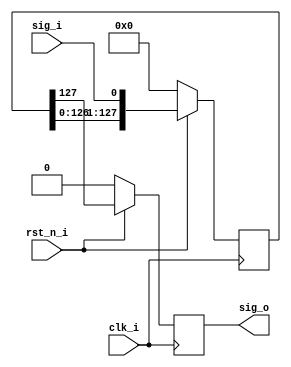
// -----------------------------------------------------------------------------
//
// Copyright 2014(c) Analog Devices, Inc.
//
// All rights reserved.
//
// Redistribution and use in source and binary forms, with or without modification,
// are permitted provided that the following conditions are met:
//  - Redistributions of source code must retain the above copyright
//    notice, this list of conditions and the following disclaimer.
//  - Redistributions in binary form must reproduce the above copyright
//    notice, this list of conditions and the following disclaimer in
//    the documentation and/or other materials provided with the
//    distribution.
//  - Neither the name of Analog Devices, Inc. nor the names of its
//    contributors may be used to endorse or promote products derived
//    from this software without specific prior written permission.
//  - The use of this software may or may not infringe the patent rights
//    of one or more patent holders.  This license does not release you
//    from the requirement that you obtain separate licenses from these
//    patent holders to use this software.
//  - Use of the software either in source or binary form, must be run
//    on or directly connected to an Analog Devices Inc. component.
//
// THIS SOFTWARE IS PROVIDED BY ANALOG DEVICES "AS IS" AND ANY EXPRESS OR IMPLIED
// WARRANTIES, INCLUDING, BUT NOT LIMITED TO, NON-INFRINGEMENT, MERCHANTABILITY
// AND FITNESS FOR A PARTICULAR PURPOSE ARE DISCLAIMED.
// IN NO EVENT SHALL ANALOG DEVICES BE LIABLE FOR ANY DIRECT, INDIRECT, INCIDENTAL,
// SPECIAL, EXEMPLARY, OR CONSEQUENTIAL DAMAGES (INCLUDING, BUT NOT LIMITED TO,
// INTELLECTUAL PROPERTY RIGHTS, PROCUREMENT OF SUBSTITUTE GOODS OR SERVICES;
// LOSS OF USE, DATA, OR PROFITS; OR BUSINESS INTERRUPTION) HOWEVER CAUSED AND
// ON ANY THEORY OF LIABILITY, WHETHER IN CONTRACT, STRICT LIABILITY, OR TORT
// (INCLUDING NEGLIGENCE OR OTHERWISE) ARISING IN ANY WAY OUT OF THE USE OF THIS
// SOFTWARE, EVEN IF ADVISED OF THE POSSIBILITY OF SUCH DAMAGE.
//
// -----------------------------------------------------------------------------
// MODULE NAME : debouncer
// AUTHORS EMAIL : andrei.cozma@analog.com
//
// -----------------------------------------------------------------------------

`timescale 1ns / 1ps

module delay
//----------- Parameters Declarations -------------------------------------------
#(
    parameter DELAY = 128
)
//----------- Ports Declarations -----------------------------------------------
(
    input       clk_i,
    input       rst_n_i,
    input       sig_i,
    output reg  sig_o
);
//------------------------------------------------------------------------------
//----------- Registers Declarations -------------------------------------------
//------------------------------------------------------------------------------
reg [DELAY-1:0] shift_reg;

//------------------------------------------------------------------------------
//----------- Assign/Always Blocks ---------------------------------------------
//------------------------------------------------------------------------------
always @(posedge clk_i)
begin
    if(rst_n_i == 0)
    begin
        shift_reg   <= 0;
        sig_o       <= 0;
    end
    else
    begin
        shift_reg   <= {shift_reg[DELAY-2:0], sig_i};
        sig_o       <= shift_reg[DELAY-1];
    end
end

endmodule